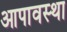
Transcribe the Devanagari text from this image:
आपावस्था